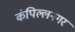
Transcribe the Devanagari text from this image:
कंपिल्लनगर